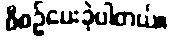
စီစဉ်ပေးခဲ့ပါတယ်။